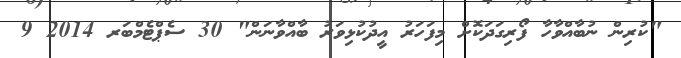
"ކުރިން ނުބާއްވާހާ ފޯރިގަދަކޮށް މިފަހަރު އީދުކުޅިވަރު ބާއްވާނަން" 30 ސެޕްޓެމްބަރ 2014 9